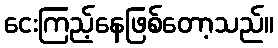
ငေးကြည့်နေဖြစ်တော့သည်။